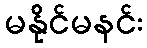
မနိုင်မနင်း